Note on the mental hospitals in Burma - 1925-1940
Year: 1925
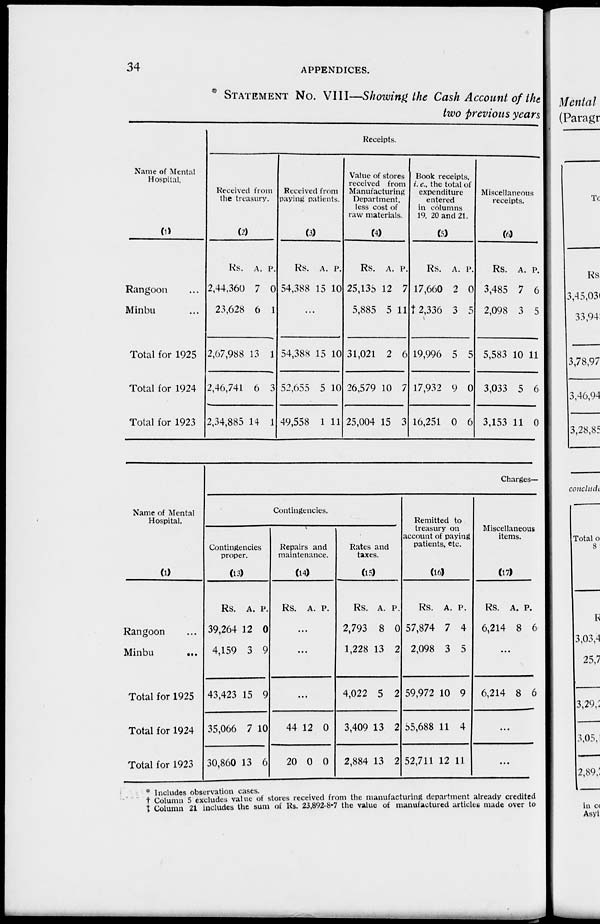
34
APPENDICES.
* STATEMENT NO. VIII—Showing the Cash Account of the
two previous years
Name of Mental
Hospital.
(1)
Rangoon ...
Minbu ...
Total for 1925
Total for 1924
Total for 1923
Receipts.
Received from
the treasury.
(2)
Rs.
2,44,360
23,628
2,67,988
2,46,741
2,34,885
A.
7
6
13
6
14
P.
0
1
1
3
1
Received from
paying patients.
(3)
Rs.
54,388
A.
15
P.
10
...
54,388
52,655
49,558
15
5
1
10
10
11
Value of stores
received from
Manufacturing
Department,
less cost of
raw materials.
(4)
Rs.
25,135
5,885
31,021
26,579
25,004
A.
12
5
2
10
15
P.
7
11
6
7
3
Book receipts,
i. e., the total of
expenditure
entered
in columns
19, 20 and 21.
(5)
Rs.
17,660
† 2,336
19,996
17,932
16,251
A.
2
3
5
9
0
P.
0
5
5
0
6
Miscellaneous
receipts.
(6)
Rs.
3,485
2,098
5,583
3,033
3,153
A.
7
3
10
5
11
P.
6
5
11
6
0
Name of Mental
Hospital.
(1)
Rangoon ...
Minbu
...
Total for 1925
Total for 1924
Total for 1923
Charges—
Contingencies.
Contingencies
proper.
(13)
Rs.
39,264
4,159
43,423
35,066
30,860
A.
12
3
15
7
13
P.
0
9
9
10
6
Repairs and
maintenance.
(14)
Rs. A. P.
...
...
...
44
20
12
0
0
0
Rates and
taxes.
(15)
Rs.
2,793
1,228
4,022
3,409
2,884
A.
8
13
5
13
13
P.
0
2
2
2
2
Remitted to
treasury on
account of paying
patients, etc.
(16)
Rs.
57,874
2,098
59,972
55,688
52,711
A.
7
3
10
11
12
P.
4
5
9
4
11
Miscellaneous
items.
(17)
Rs.
6,214
A.
8
P.
6
...
6,214 8 6
...
...
* Includes observation cases.
† Column 5 excludes value of stores received from the manufacturing department already credited
‡ Column 21 includes the sum of Rs. 23,892-8-7 the value of manufactured articles made over to